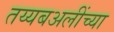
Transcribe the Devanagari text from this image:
तय्यबअलींच्या